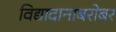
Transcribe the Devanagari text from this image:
विद्यादानाबरोबर